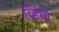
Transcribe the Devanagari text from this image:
व्हिवो